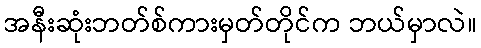
အနီးဆုံးဘတ်စ်ကားမှတ်တိုင်က ဘယ်မှာလဲ။